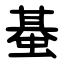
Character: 蜝